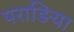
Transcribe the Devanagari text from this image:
पराङिया